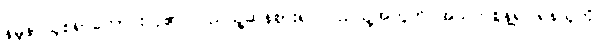
နမူနာယူစရာကောင်းလှ၏၊ ပြည်သူ့ဆန်စား၍ ပြည်သူ့အတွက် အသက်စွန့်၍ ရန်သူကို